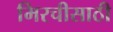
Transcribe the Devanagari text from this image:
मिरचीसाठी